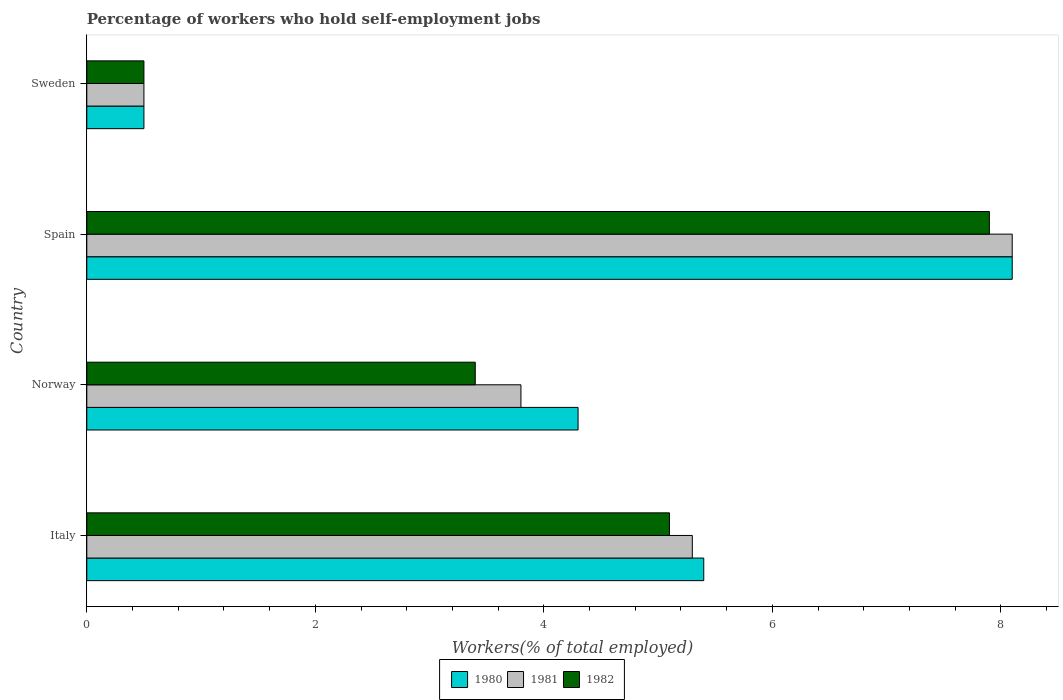
| Country | 1980 | 1981 | 1982 |
 | --- | --- | --- | --- |
 | Italy | 5.4 | 5.3 | 5.1 |
 | Norway | 4.3 | 3.8 | 3.4 |
 | Spain | 8.1 | 8.1 | 7.9 |
 | Sweden | 0.5 | 0.5 | 0.5 |